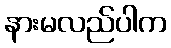
နားမလည်ပါက